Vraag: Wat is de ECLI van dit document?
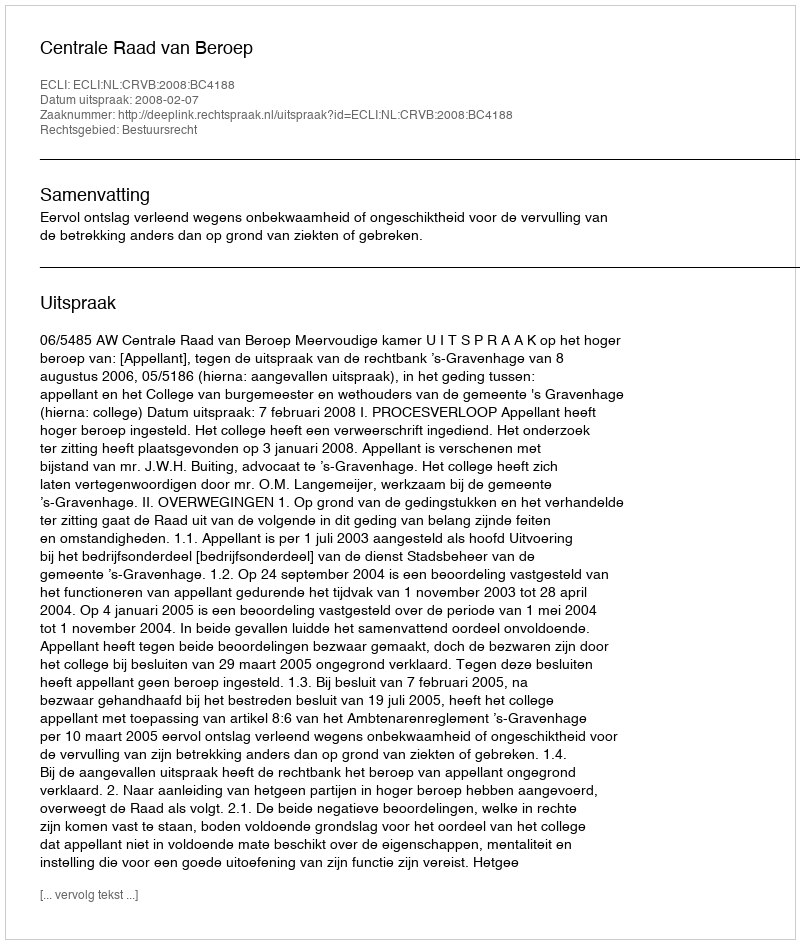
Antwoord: ECLI:NL:CRVB:2008:BC4188